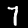
Digit: 7